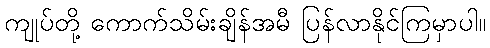
ကျုပ်တို့ ကောက်သိမ်းချိန်အမီ ပြန်လာနိုင်ကြမှာပါ။